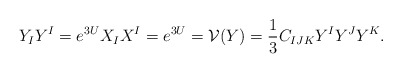
\begin{align*}Y_IY^I=e^{3U}X_IX^I=e^{3U}=\mathcal{V}(Y)=\frac13C_{IJK}Y^IY^JY^K.\end{align*}